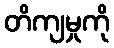
တိကျမှုကို